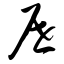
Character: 屉